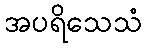
အပရိသေသံ